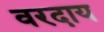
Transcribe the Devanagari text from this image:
वरदाय